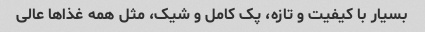
بسیار با کیفیت و تازه، پک کامل و شیک، مثل همه غذا‌ها عالی